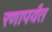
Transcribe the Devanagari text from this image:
रणापर्यंत